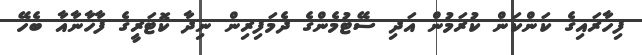
ފިހާރައިގެ ކަންކަން ކުރަމުން އަދި ސޭޓުމެންގެ ދެމަފިރިން ނިދާ ކޮޓަރީގެ ފާޚާނާއާ ބެހޭ